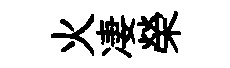
火凄榮